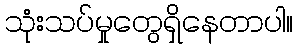
သုံးသပ်မှုတွေရှိနေတာပါ။